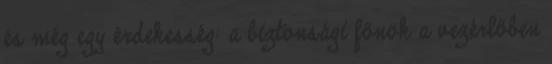
és még egy érdekesség: a biztonsági főnök a vezérlőben